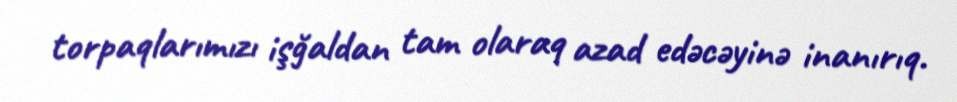
torpaqlarımızı işğaldan tam olaraq azad edəcəyinə inanırıq.